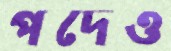
পদেও